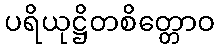
ပရိယုဋ္ဌိတစိတ္တောဝ